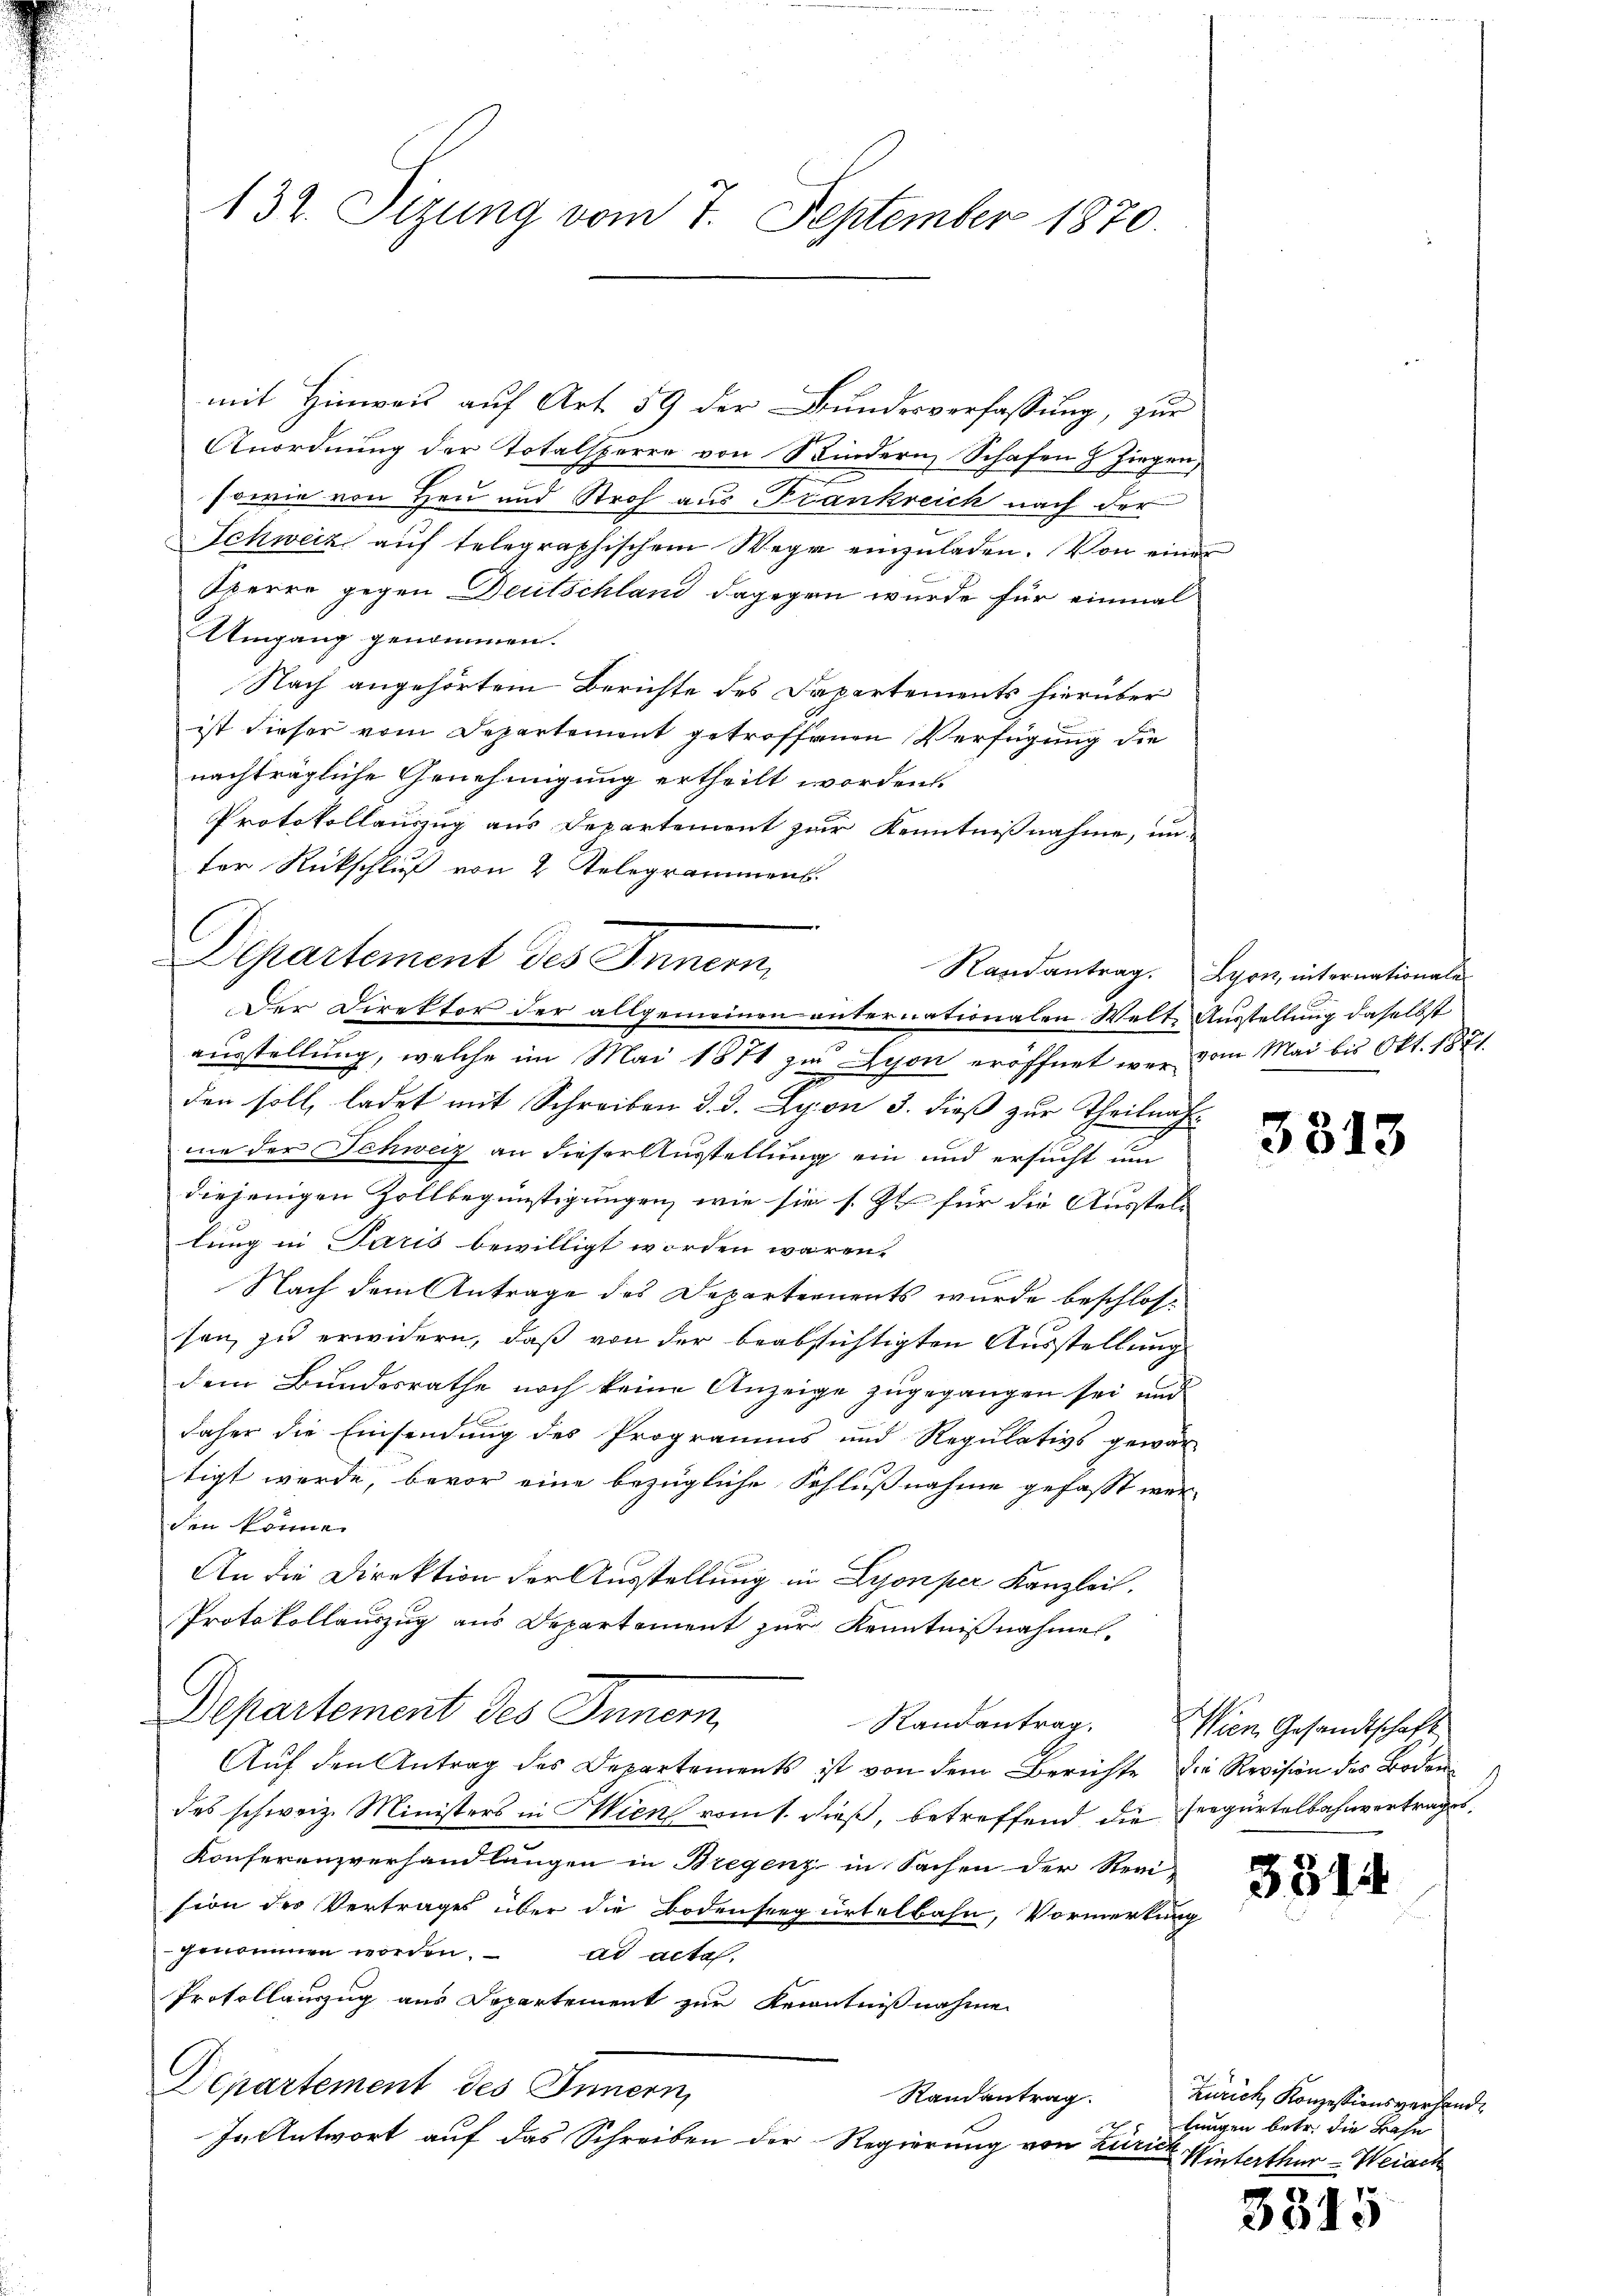
132. Sizung vom 7. September 1870.

mit Hinweis auf Art. 59 der Bundesverfassung, zur
Anordnung der Totalsperre von Kindern Schafen & Ziegen,
sowie von Heu und Stroh aus Frankreich nach der
Schweiz auf telegraphischem Wege einzuladen. Von einer
Sperre gegen Deutschland dagegen wurde für einmal
Umgang genommen.
Nach angehörtem Berichte des Dapartements hierüber
ist dieser vom Departement getroffenen Verfügung die
nachträgliche Genehmigung ertheilt worden.
Protokollauszug aus Departement zur Kenntnißnahme, un-
ter Rückschluß von 2 Telegrammens.
.
Departement des Innern,
Der Direktor der allgemeinen anternationalen Welt, Ausstellung daselbst
ausstellung, welche im Mai 1874 zu Lyon eröffnet wer vom Mai bis Okt. 1821.
den soll, ladet mit Schreiben d. d. Lyon 3. dieß zur Theilnahme der Schweiz an dieser Ausstellung ein und ersucht um
diejenigen Zollbegünstigungen, wie sie s. Zt. für die Ausstell
lung in Paris bewilligt worden wären.
Nach dem Antrage des Departernents wurde beschlosse
sen, zu erwidern, daß von der beabsichtigten Ausstellung
dem Bundesrathe noch keine Anzeige zugegangen sei und
x
daher die Einsendung des Programms und Regulativs gewar-
tigt werde, bevor eine bezügliche Schlußnahme gefasst werden könne.
An die Direktion der Ausstellung in Lyonper Kanzlei.
Protokollauszug aus Departement zur Kenntnißnahmen.
Departement des Inner,
Randantrag.
Aŭf den Antrag des Departements ist von dem Berichte die Revision des Boden-
des schweiz. Ministers in Wien vom t. dieß, betreffend die Fregürtelbahnvertrages
Konferenzverhandlungen in Bregenz in Sachen der Revi-
sion der Vertrages über die Bodenseegürtelbahn, Vormerkung
genommen worden.
ad acta.
Protollauszug aus Departement zur Kenntnißnahme
Departement des Innern,
Randantrag.
In Antwort auf das Schreiben der Regierung von Zürich

Randantrag. Lyon, internationales

¬

3313

Wien Gesandtschaft

3814

Zürich, Konzessionsverhandlungen betr. die Bahn
Winterthur–Weiach

14
301.